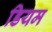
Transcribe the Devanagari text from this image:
डियम